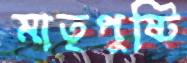
মাতৃপুষ্টি